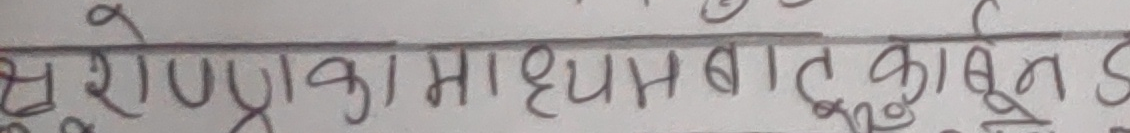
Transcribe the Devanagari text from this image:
स्रोणिका माध्यमबाट कार्बन ड